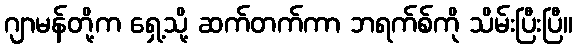
ဂျာမန်တို့က ရှေ့သို့ ဆက်တက်ကာ ဘရက်စ်ကို သိမ်းပြီးပြီ။